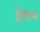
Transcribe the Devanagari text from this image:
श्लेषाभ